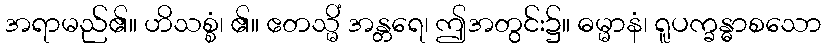
အရာမည်၏။ ဟိသစ္စံ၊ ၏။ ဧတသ္မိံ အန္တရေ၊ ဤအတွင်း၌။ ဓမ္မာနံ၊ ရူပက္ခန္ဓာစသော